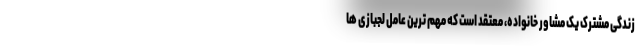
زندگی مشترک یک مشاور خانواده، معتقد است که مهم ترین عامل لجبازی ها